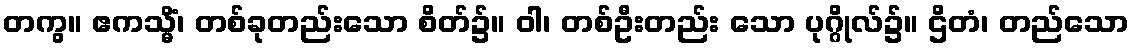
တကွ။ ဧကသ္မိံ၊ တစ်ခုတည်းသော စိတ်၌။ ဝါ၊ တစ်ဦးတည်း သော ပုဂ္ဂိုလ်၌။ ဌိတံ၊ တည်သော